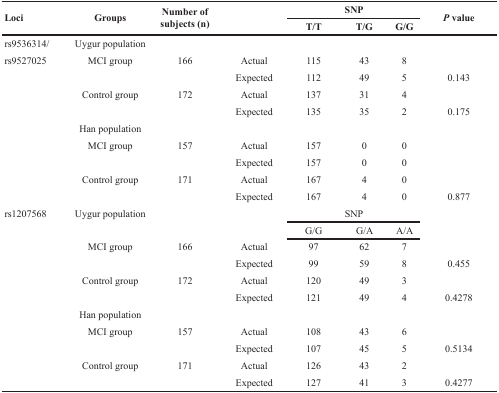
<table><thead><tr><td rowspan="2"><b>Loci</b></td><td rowspan="2"><b>Groups</b></td><td rowspan="2"><b>Number of subjects (n)</b></td><td rowspan="2">[EMPTY_CELL]</td><td colspan="3"><b>SNP</b></td><td rowspan="2"><b><i>P</i> value</b></td></tr><tr><td><b>T/T</b></td><td><b>T/G</b></td><td><b>G/G</b></td></tr></thead><tbody><tr><td>rs9536314/</td><td>Uygur population</td><td>[EMPTY_CELL]</td><td>[EMPTY_CELL]</td><td>[EMPTY_CELL]</td><td>[EMPTY_CELL]</td><td>[EMPTY_CELL]</td><td>[EMPTY_CELL]</td></tr><tr><td>rs9527025</td><td>MCI group</td><td>166</td><td>Actual</td><td>115</td><td>43</td><td>8</td><td>[EMPTY_CELL]</td></tr><tr><td>[EMPTY_CELL]</td><td>[EMPTY_CELL]</td><td>[EMPTY_CELL]</td><td>Expected</td><td>112</td><td>49</td><td>5</td><td>0.143</td></tr><tr><td>[EMPTY_CELL]</td><td>Control group</td><td>172</td><td>Actual</td><td>137</td><td>31</td><td>4</td><td>[EMPTY_CELL]</td></tr><tr><td>[EMPTY_CELL]</td><td>[EMPTY_CELL]</td><td>[EMPTY_CELL]</td><td>Expected</td><td>135</td><td>35</td><td>2</td><td>0.175</td></tr><tr><td>[EMPTY_CELL]</td><td>Han population</td><td>[EMPTY_CELL]</td><td>[EMPTY_CELL]</td><td>[EMPTY_CELL]</td><td>[EMPTY_CELL]</td><td>[EMPTY_CELL]</td><td>[EMPTY_CELL]</td></tr><tr><td>[EMPTY_CELL]</td><td>MCI group</td><td>157</td><td>Actual</td><td>157</td><td>0</td><td>0</td><td>[EMPTY_CELL]</td></tr><tr><td>[EMPTY_CELL]</td><td>[EMPTY_CELL]</td><td>[EMPTY_CELL]</td><td>Expected</td><td>157</td><td>0</td><td>0</td><td>[EMPTY_CELL]</td></tr><tr><td>[EMPTY_CELL]</td><td>Control group</td><td>171</td><td>Actual</td><td>167</td><td>4</td><td>0</td><td>[EMPTY_CELL]</td></tr><tr><td>[EMPTY_CELL]</td><td>[EMPTY_CELL]</td><td>[EMPTY_CELL]</td><td>Expected</td><td>167</td><td>4</td><td>0</td><td>0.877</td></tr><tr><td>rs1207568</td><td>Uygur population</td><td>[EMPTY_CELL]</td><td>[EMPTY_CELL]</td><td colspan="3">SNP</td><td>[EMPTY_CELL]</td></tr><tr><td>[EMPTY_CELL]</td><td>[EMPTY_CELL]</td><td>[EMPTY_CELL]</td><td>[EMPTY_CELL]</td><td>G/G</td><td>G/A</td><td>A/A</td><td>[EMPTY_CELL]</td></tr><tr><td>[EMPTY_CELL]</td><td>MCI group</td><td>166</td><td>Actual</td><td>97</td><td>62</td><td>7</td><td>[EMPTY_CELL]</td></tr><tr><td>[EMPTY_CELL]</td><td>[EMPTY_CELL]</td><td>[EMPTY_CELL]</td><td>Expected</td><td>99</td><td>59</td><td>8</td><td>0.455</td></tr><tr><td>[EMPTY_CELL]</td><td>Control group</td><td>172</td><td>Actual</td><td>120</td><td>49</td><td>3</td><td>[EMPTY_CELL]</td></tr><tr><td>[EMPTY_CELL]</td><td>[EMPTY_CELL]</td><td>[EMPTY_CELL]</td><td>Expected</td><td>121</td><td>49</td><td>4</td><td>0.4278</td></tr><tr><td>[EMPTY_CELL]</td><td>Han population</td><td>[EMPTY_CELL]</td><td>[EMPTY_CELL]</td><td>[EMPTY_CELL]</td><td>[EMPTY_CELL]</td><td>[EMPTY_CELL]</td><td>[EMPTY_CELL]</td></tr><tr><td>[EMPTY_CELL]</td><td>MCI group</td><td>157</td><td>Actual</td><td>108</td><td>43</td><td>6</td><td>[EMPTY_CELL]</td></tr><tr><td>[EMPTY_CELL]</td><td>[EMPTY_CELL]</td><td>[EMPTY_CELL]</td><td>Expected</td><td>107</td><td>45</td><td>5</td><td>0.5134</td></tr><tr><td>[EMPTY_CELL]</td><td>Control group</td><td>171</td><td>Actual</td><td>126</td><td>43</td><td>2</td><td>[EMPTY_CELL]</td></tr><tr><td>[EMPTY_CELL]</td><td>[EMPTY_CELL]</td><td>[EMPTY_CELL]</td><td>Expected</td><td>127</td><td>41</td><td>3</td><td>0.4277</td></tr></tbody></table>